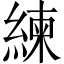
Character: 練